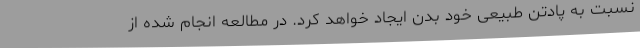
نسبت به پادتن طبیعی خود بدن ایجاد خواهد کرد. در مطالعه انجام شده از